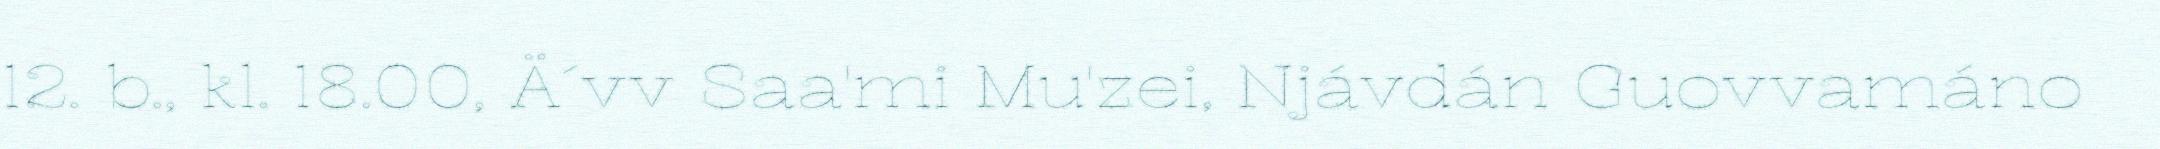
12. b., kl. 18.00, Ä´vv Saa'mi Mu'zei, Njávdán Guovvamáno